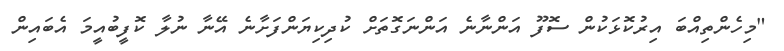
"މިހެންތިއްބަ އިރުކޮޅަކުން ސޮފޫ އަންނާނެ އަންނަގޮތަށް ކުދިކިޔަންފަށާނެ އޭނާ ނުލާ ކޮފީބުއީމަ އެބައިން